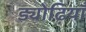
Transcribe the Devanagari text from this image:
ड्योढ़ियाँ